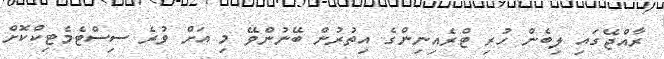
ރާއްޖޭގައި ލިބެން ހުރި ޓްރެއިނިންގެ އިތުރުން ބޭނުންވޭ މި އަށް ވުރެ ސިސްޓެމެޓިކްކޮށް